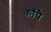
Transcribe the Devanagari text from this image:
काँपै